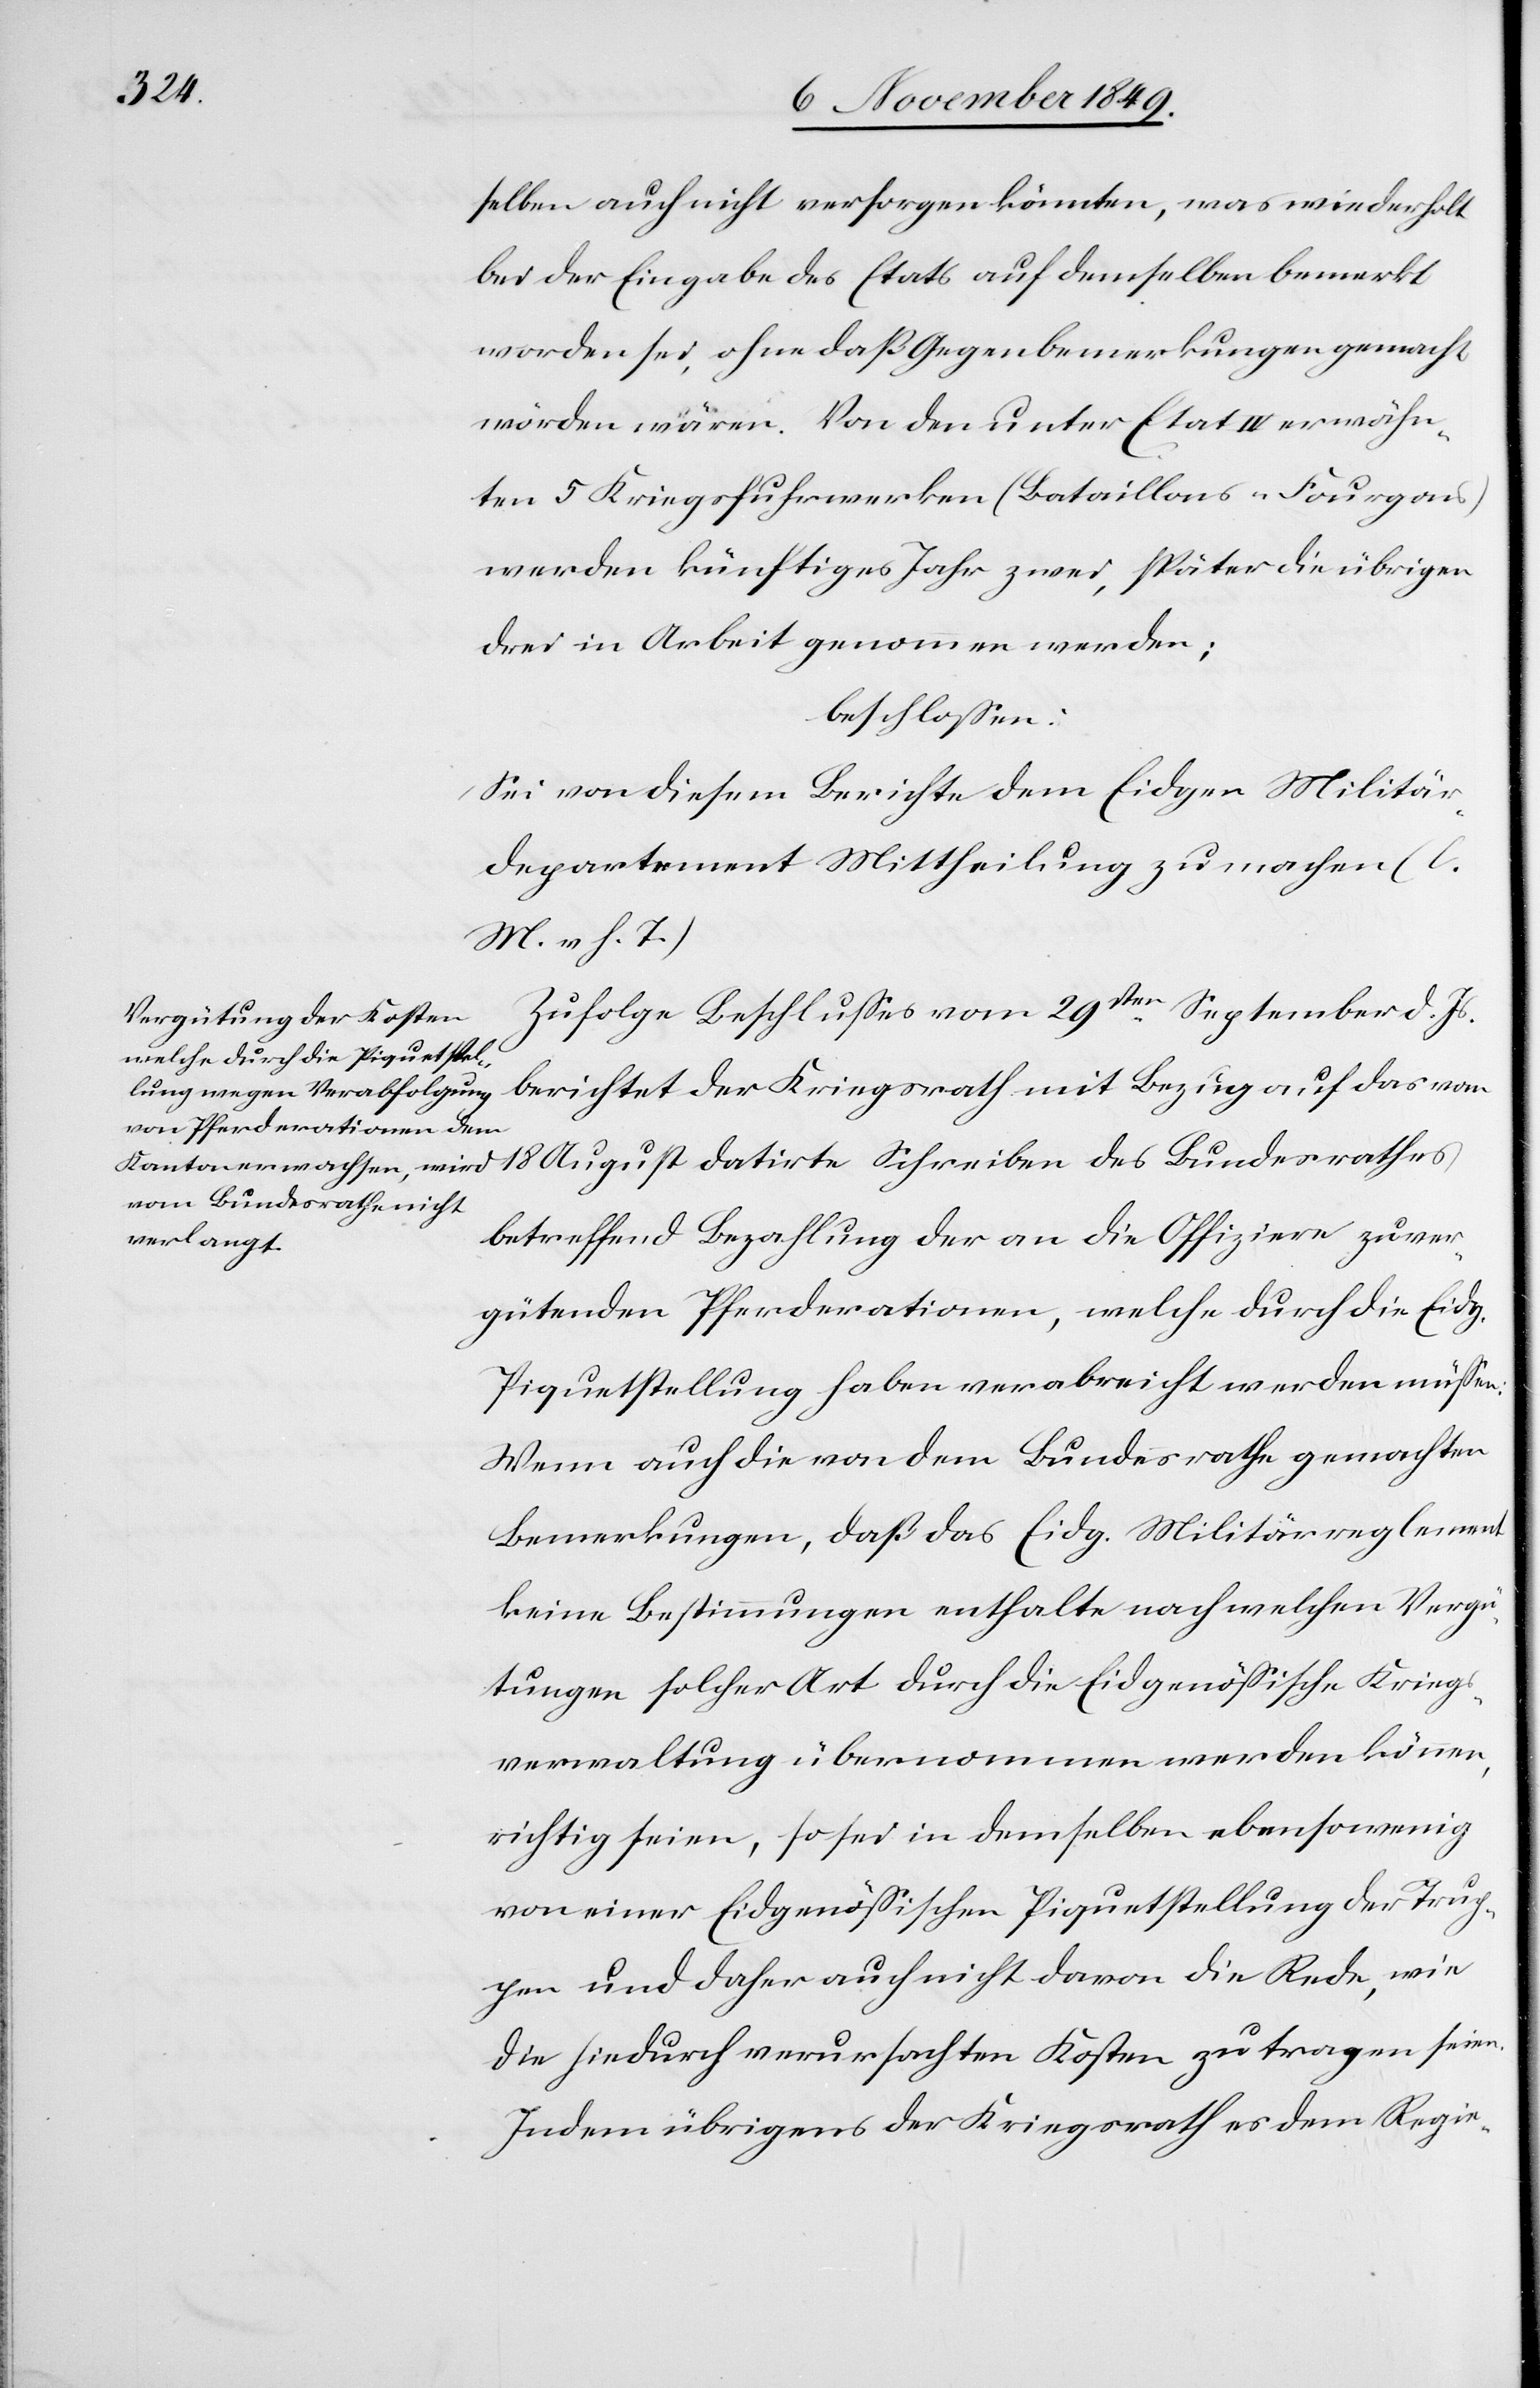
selben auch nicht versorgen könnten, was wiederholt
bei der Eingabe des Etats auf demselben bemerkt
worden sei, ohne daß Gegenbemerkungen gemacht
worden wären. Von den unter Etat IV erwähn¬
ten 5 Kriegsfuhrwerken (Bataillons-Fourgons)
werden künftiges Jahr zwei, später die übrigen
drei in Arbeit genommen werden;
beschloßen:
Sei von diesem Berichte dem Eidgen. Militär¬
departement Mittheilung zu machen. [l.
M. v. h. T]
Zufolge Beschlußes vom 29sten September d. Js.
berichtet der Kriegsrath mit Bezug auf das vom
18 August datirte Schreiben des Bundesrathes
betreffend Bezahlung der an die Offiziere zu ver¬
gütenden Pferderationen, welche durch die Eidg.
Piquetstellung haben verabreicht werden müßen.
Wenn auch die von dem Bundesrathe gemachten
Bemerkungen, daß das Eidg. Militärreglement
keine Bestimmungen enthalte nach welchen Vergü¬
tungen solcher Art durch die Eigenößische Kriegs¬
verwaltung übernommen werden können,
richtig seien, so sei in demselben ebensowenig
von einer Eidgenößischen Piquetstellung der Trup¬
pen und daher auch nicht davon die Rede, wie
die hiedurch verursachten Kosten zu tragen seien.
Indem übrigens der Kriegsrath es dem Regie-